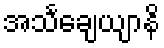
အသင်္ချေယျာနိ